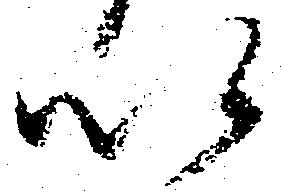
以